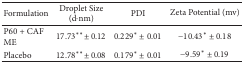
<table><thead><tr><td><b>Formulation</b></td><td><b>Droplet Size (d<i>·</i>nm)</b></td><td><b>PDI</b></td><td><b>Zeta Potential (mv)</b></td></tr></thead><tbody><tr><td>P60 + CAF ME </td><td>17.73** ± 0.12</td><td>0.229* ± 0.01</td><td>−10.43* ± 0.18</td></tr><tr><td>Placebo</td><td>12.78** ± 0.08</td><td>0.179* ± 0.01</td><td>−9.59* ± 0.19</td></tr></tbody></table>